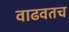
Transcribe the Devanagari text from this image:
वाढवतच